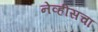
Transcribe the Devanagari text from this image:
नेव्हीसचा